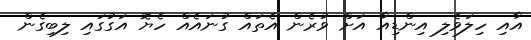
އާއި ހިލަވެލި އިންޑިއާ އަށް ވުރެން އެތައް ގުނައެއް ހެޔޮ އަގުގައި ލިބިގެން